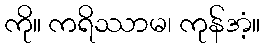
ကို။ ကရိဿာမ၊ ကုန်အံ့။